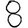
Digit: 8